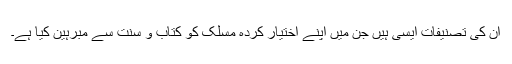
ان کی تصنیفات ایسی ہیں جن میں اپنے اختیار کردہ مسلک کو کتاب و سنت سے مبرہین کیا ہے۔